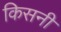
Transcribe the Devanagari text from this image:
किसनी